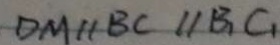
D M / / B C / / B _ { 1 } C _ { 1 }